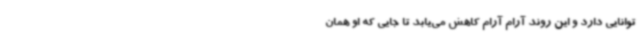
توانایی دارد و این روند آرام آرام کاهش می‌یابد تا جایی که او همان